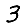
Digit: 3